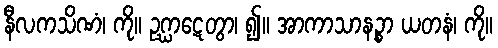
နီလကသိဏံ၊ ကို။ ဥဂ္ဃာဋေတွာ၊ ၍။ အာကာသာနဉ္စာ ယတနံ၊ ကို။